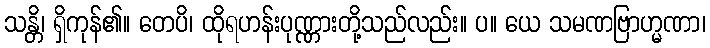
သန္တိ၊ ရှိကုန်၏။ တေပိ၊ ထိုရဟန်းပုဏ္ဏားတို့သည်လည်း။ ပ။ ယေ သမဏဗြာဟ္မဏာ၊